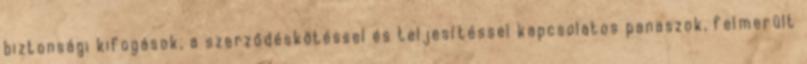
biztonsági kifogások, a szerződéskötéssel és teljesítéssel kapcsolatos panaszok, felmerült